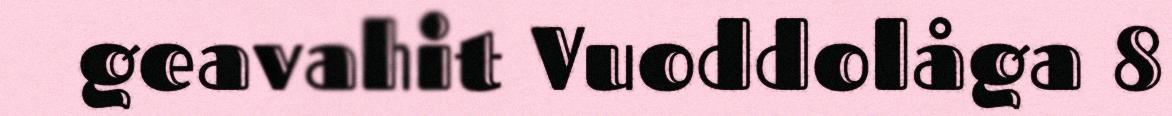
geavahit Vuoddolåga 8